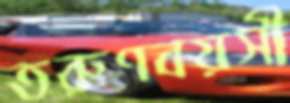
তরুণবয়সী